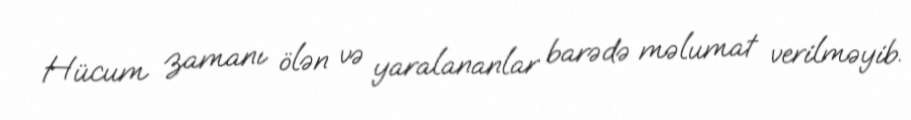
Hücum zamanı ölən və yaralananlar barədə məlumat verilməyib.